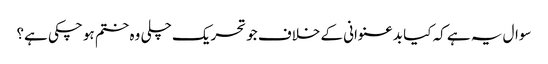
سوال یہ ہے کہ کیا بدعنوانی کے خلاف جو تحریک چلی وہ ختم ہو چکی ہے؟